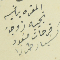
المقره بما فيه نجيبه زوجة فرحات مسَعود كسبار طرزا